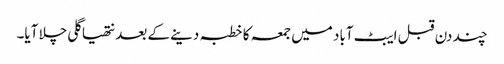
چند دن قبل ایبٹ آباد میں جمعہ کا خطبہ دینے کے بعد نتھیا گلی چلا آیا۔